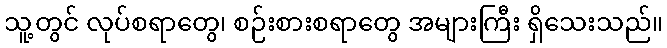
သူ့တွင် လုပ်စရာတွေ၊ စဉ်းစားစရာတွေ အများကြီး ရှိသေးသည်။